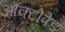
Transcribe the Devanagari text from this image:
ऑक्टोपेड